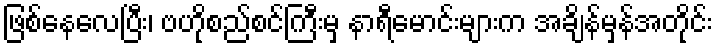
ဖြစ်နေလေပြီး၊ ဗဟိုစည်စင်ကြီးမှ နာရီမောင်းများက အချိန်မှန်အတိုင်း